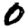
Digit: 0